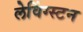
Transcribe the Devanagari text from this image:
लेविंग्स्टन